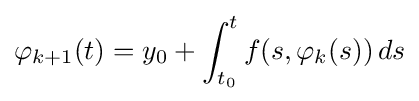
\varphi _{k+1}(t)=y_{0}+\int _{t_{0}}^{t}f(s,\varphi _{k}(s))\,ds